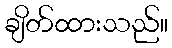
ချိတ်ထားသည်။